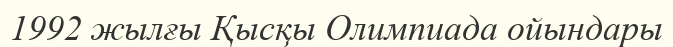
1992 жылғы Қысқы Олимпиада ойындары